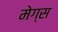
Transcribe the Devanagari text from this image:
मेग्स